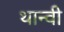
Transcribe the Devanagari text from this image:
थान्वी